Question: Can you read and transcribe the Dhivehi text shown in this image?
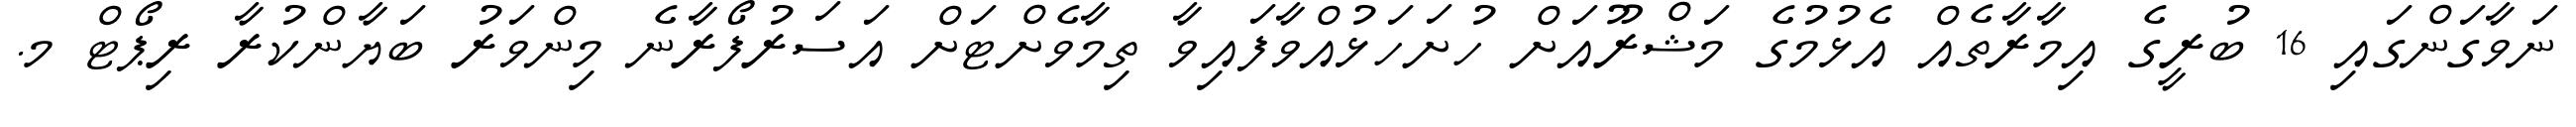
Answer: ނަވާގަންގައި 16 ބުރީގެ އިމާރާތެއް އެޅުމުގެ މަޝްރޫއަށް ހުށަހަޅުއްވާފައިވާ ތިމާވެށްޓަށް އަސަރުފޯރާނެ މިންވަރު ބަޔާންކުރާ ރިޕޯޓް މ.